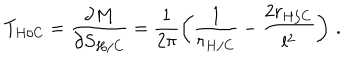
T _ { H / C } = \frac { \partial M } { \partial S _ { H / C } } = \frac { 1 } { 2 \pi } \left( \frac { 1 } { r _ { H / C } } - \frac { 2 r _ { H / C } } { l ^ { 2 } } \right) \, .